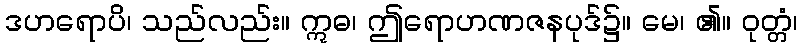
ဒဟရောပိ၊ သည်လည်း။ ဣဓ၊ ဤရောဟဏဇနပုဒ်၌။ မေ၊ ၏။ ဝုတ္တံ၊